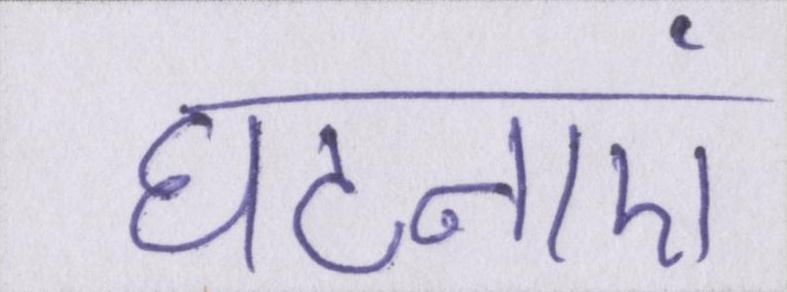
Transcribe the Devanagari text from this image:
घटनाएं